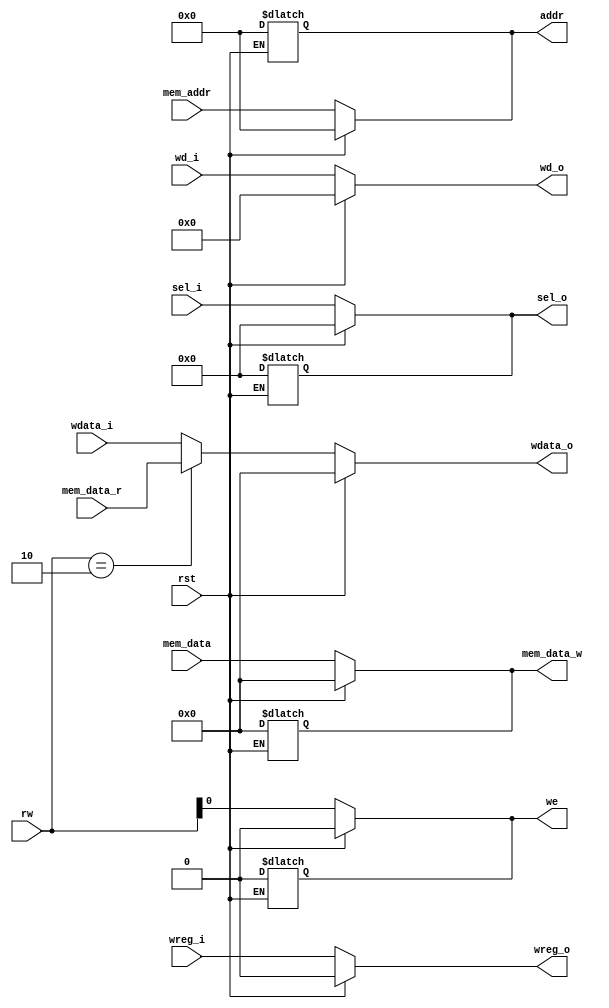
`timescale 1ns / 1ps
//////////////////////////////////////////////////////////////////////////////////
// Company: 
// Engineer: 
// 
// Design Name: 
// Module Name: mem
// Project Name: 
// Target Devices: 
// Tool Versions: 
// Description: 
// 
// Dependencies: 
// 
// Revision:
// Revision 0.01 - File Created
// Additional Comments:
// 
//////////////////////////////////////////////////////////////////////////////////




module mem(

	input wire										rst,
	
	//	
	input wire[4:0]       wd_i,
	input wire                    wreg_i,
	input wire[31:0]					  wdata_i,
	
	input wire[1:0]       rw,
    input wire[3:0]       sel_i,
    input wire[11:0]      mem_addr,
    input wire[31:0]      mem_data,
    input wire[31:0]      mem_data_r,
            
    output reg  we,
    output reg[11:0] addr,
    output reg[3:0]  sel_o,
    output reg[31:0] mem_data_w,
 
	//
	output reg[4:0]      wd_o,
	output reg                   wreg_o,
	output reg[31:0]					 wdata_o
	
);

	
	always @ (*) begin
		if(rst == 1) begin
			wd_o <= 5'b0;
			wreg_o <= 1'b0;
		    wdata_o <= 32'b0;
		    we<=0;
		    addr<=0;
		    sel_o<=0;
		    mem_data_w<=0;
		end else begin
		    wd_o <= wd_i;
			wreg_o <= wreg_i;
			if(rw==2'b10) begin
			    wdata_o<=mem_data_r;
            end else begin
                wdata_o <= wdata_i;	
            end    	    	
		end 
end		 
    always @ (*) begin
        if(rst == 1) begin
            we<=1'b0;
            addr<=12'h000;
            sel_o<=4'b0000;
            mem_data_w<=32'h00000000;
        end else begin
            we<=rw[0];
            addr<=mem_addr;
            sel_o<=sel_i;
            mem_data_w<=mem_data;
	    end     
end			

endmodule